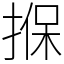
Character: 㨐